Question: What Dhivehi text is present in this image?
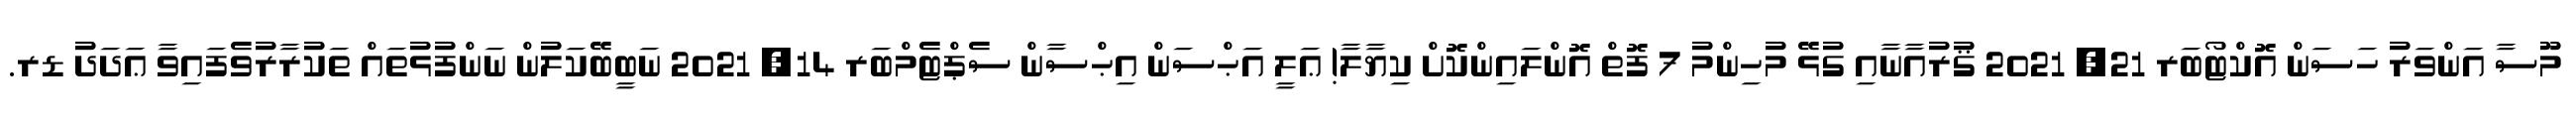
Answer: މޫސާ އަންވަރު ހަސަން އޮކްޓޯބަރ 21, 2021 ޤުރުއާނާއި ގުޅޭ މުހިންމު 7 ފޮތް އޮންލައިންކޮށް ކިޔާލާ! ޢަލީ އަޙްސަން އިޙްސާން ސެޕްޓެމްބަރ 14, 2021 ނަބީބޭކަލުން ނަންފުޅުތައް ތަކުރާރުވެފައިވާ ޢަދަދު ޑރ.